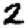
Digit: 2